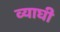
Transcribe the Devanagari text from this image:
व्याघी